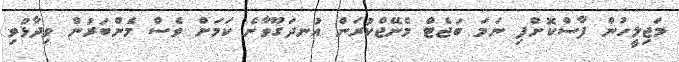
މަޖިލީހުން ފާސްކޮށްފި ނަމަ ބަޖެޓް މެނޭޖްކުރަން އުނދަގޫވާނެ ކަމަށް ވެސް މެންބަރުން ވިދާޅުވި